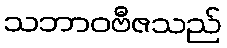
သဘာဝဗီဇသည်